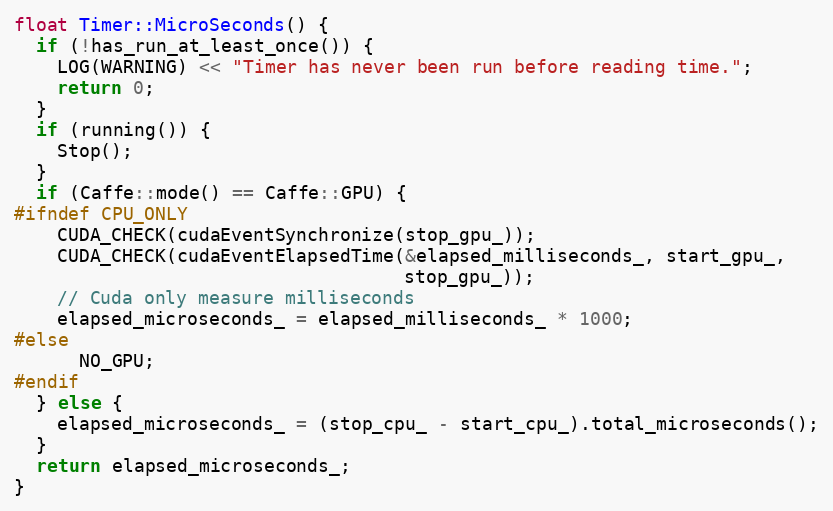
Language: C++
float Timer::MicroSeconds() {
  if (!has_run_at_least_once()) {
    LOG(WARNING) << "Timer has never been run before reading time.";
    return 0;
  }
  if (running()) {
    Stop();
  }
  if (Caffe::mode() == Caffe::GPU) {
#ifndef CPU_ONLY
    CUDA_CHECK(cudaEventSynchronize(stop_gpu_));
    CUDA_CHECK(cudaEventElapsedTime(&elapsed_milliseconds_, start_gpu_,
                                    stop_gpu_));
    // Cuda only measure milliseconds
    elapsed_microseconds_ = elapsed_milliseconds_ * 1000;
#else
      NO_GPU;
#endif
  } else {
    elapsed_microseconds_ = (stop_cpu_ - start_cpu_).total_microseconds();
  }
  return elapsed_microseconds_;
}